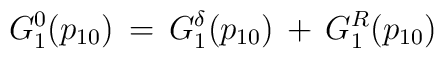
G^0_1(p_{10})\,=\,G^{\delta}_1(p_{10})\,+\,G^R_1(p_{10})